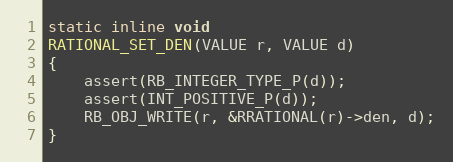
Language: C
static inline void
RATIONAL_SET_DEN(VALUE r, VALUE d)
{
    assert(RB_INTEGER_TYPE_P(d));
    assert(INT_POSITIVE_P(d));
    RB_OBJ_WRITE(r, &RRATIONAL(r)->den, d);
}